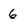
Character: 6